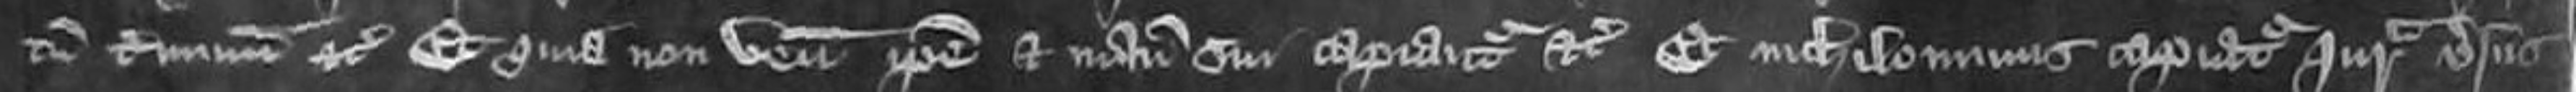
tum terminum etc Et quia non venit ipse et manucaptores sui capiantur etc et nichilominus capiatur jurata versus